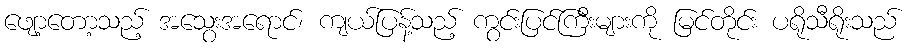
ဖျော့တော့သည့် အသွေးအရောင်၊ ကျယ်ပြန့်သည့် ကွင်းပြင်ကြီးများကို မြင်တိုင်း ပရိုသီရိုးသည်